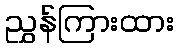
ညွှန်ကြားထား